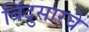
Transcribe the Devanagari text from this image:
बिंदुसारचे